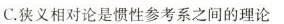
C.狭义相对论是惯性参考系之间的理论